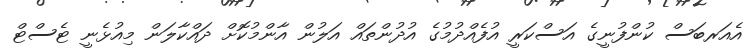
އެއަރބަސް ކުންފުނީގެ އަސްކަރީ އުފެއްދުމުގެ އުދުންތައް އަލުން އާންމުކޮށް ދައްކާލަން މިއުޅެނީ ޓެސްޓް